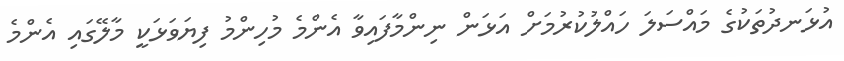
އުޅަނދުތަކުގެ މައްސަލަ ހައްލުކުރުމަށް އަޅަން ނިންމާފައިވާ އެންމެ މުހިންމު ފިޔަވަޅަކީ މާލޭގައި އެންމެ